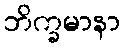
ဘိက္ခမာနာ